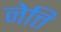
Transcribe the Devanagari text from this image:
नेत्ति